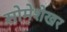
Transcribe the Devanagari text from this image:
सोमेशेखर